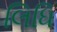
લિધિ